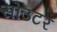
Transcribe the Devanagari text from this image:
सोउटर